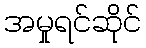
အမှုရင်ဆိုင်